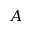
A